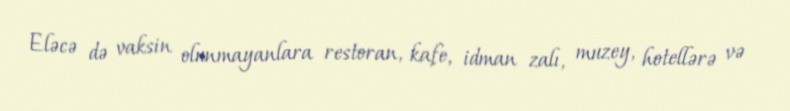
Eləcə də vaksin olunmayanlara restoran, kafe, idman zalı, muzey, hotellərə və